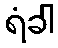
ရံခါ